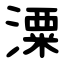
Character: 潥